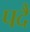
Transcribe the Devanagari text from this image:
पदै